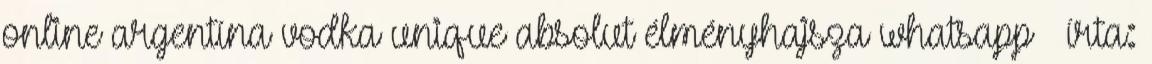
online argentína vodka unique absolut élményhajsza whatsapp – írta: